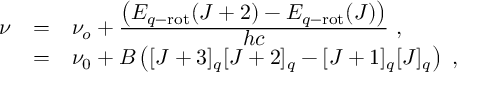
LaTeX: \begin{array} { r c l } { { \nu } } & { { = } } & { { \nu _ { o } + \frac { \displaystyle \left( E _ { q - \mathrm { r o t } } ( J + 2 ) - E _ { q - \mathrm { r o t } } ( J ) \right) } { \displaystyle h c } ~ , } } \\ { { } } & { { = } } & { { \nu _ { 0 } + B \left( [ J + 3 ] _ { q } [ J + 2 ] _ { q } - [ J + 1 ] _ { q } [ J ] _ { q } \right) ~ , } } \end{array}